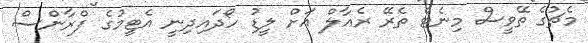
މެޗުގެ ތޭވީސް މިނެޓް ތެރޭ ރެއާލް އަށް ލީޑު ހޯދައިދިނީ އެޓީމުގެ ފްރާންސް